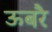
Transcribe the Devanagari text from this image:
ऊबरै